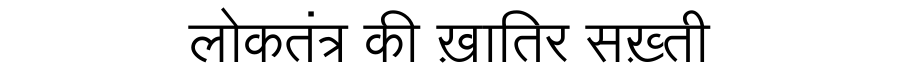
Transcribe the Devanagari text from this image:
लोकतंत्र की ख़ातिर सख़्ती